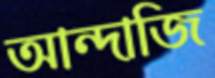
আন্দাজি